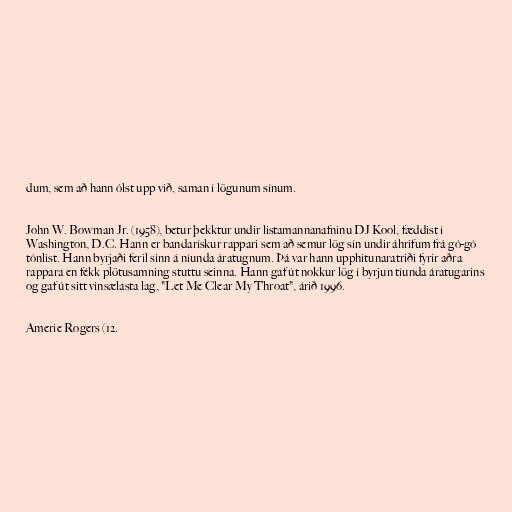
dum, sem að hann ólst upp við, saman í lögunum sínum.

John W. Bowman Jr. (1958), betur þekktur undir listamannanafninu DJ Kool, fæddist í
Washington, D.C. Hann er bandarískur rappari sem að semur lög sín undir áhrifum frá gó-gó
tónlist. Hann byrjaði feril sinn á níunda áratugnum. Þá var hann upphitunaratriði fyrir aðra
rappara en fékk plötusamning stuttu seinna. Hann gaf út nokkur lög í byrjun tíunda áratugarins
og gaf út sitt vinsælasta lag, "Let Me Clear My Throat", árið 1996.

Amerie Rogers (12.